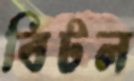
বিটল